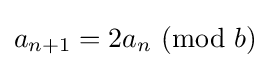
a_{n+1}=2a_{n}\ ({\textrm {mod}}~b)